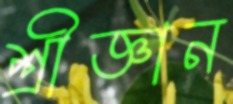
শ্রীজ্ঞান